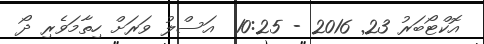
އޮކްޓޯބަރު 23